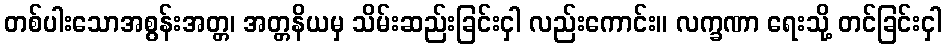
တစ်ပါးသောအစွန်းအတ္တ၊ အတ္တနိယမှ သိမ်းဆည်းခြင်းငှါ လည်းကောင်း။ လက္ခဏာ ရေးသို့ တင်ခြင်းငှါ